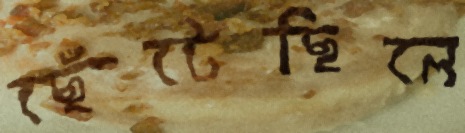
ছেঁটেছিলে